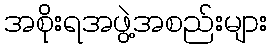
အစိုးရအဖွဲ့အစည်းများ